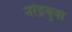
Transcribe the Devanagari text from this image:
नरेंद्रबुवा